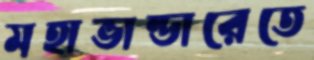
মহাভান্ডারেতে